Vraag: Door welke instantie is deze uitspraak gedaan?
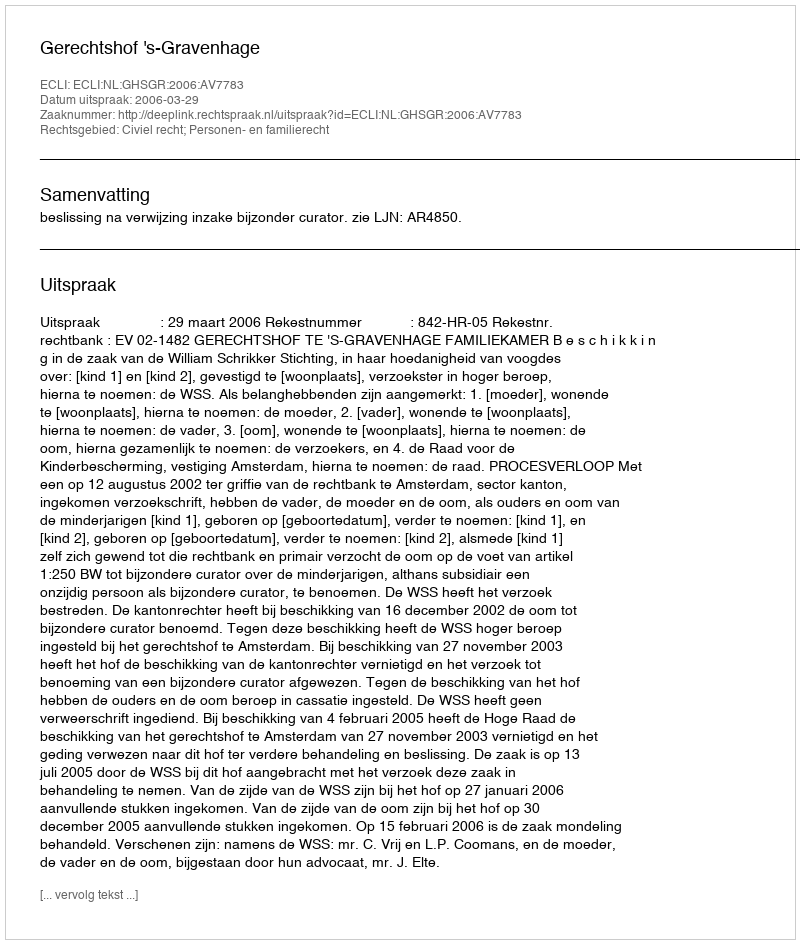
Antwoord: Gerechtshof 's-Gravenhage